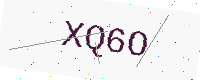
Text: XQ6O